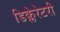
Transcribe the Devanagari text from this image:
डिक्लेरेटरी